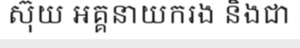
ស៊ុយ អគ្គនាយករង និងជា